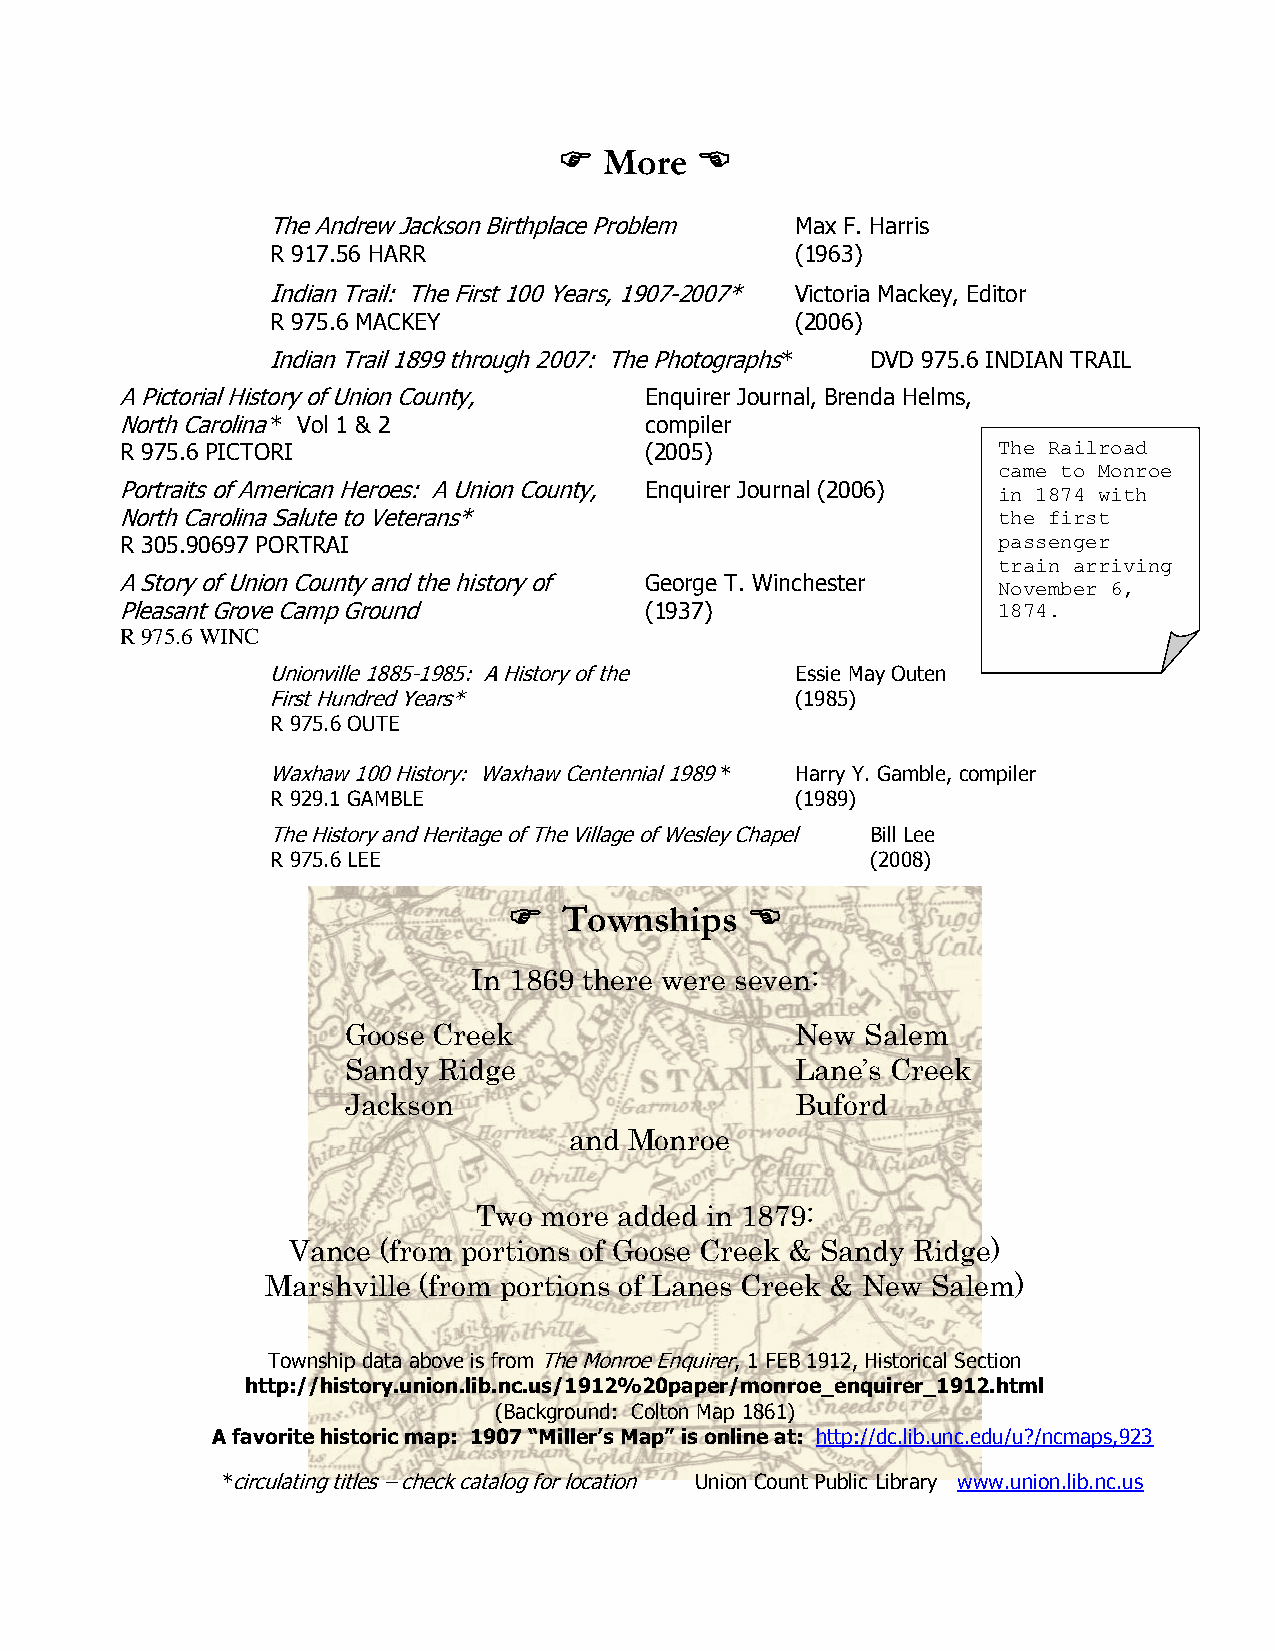
  More  
 The Andrew Jackson Birthplace Problem Max F. Harris
 R 917.56 HARR                      (1963)
 Indian Trail: The First 100 Years, 1907-2007* Victoria Mackey, Editor
 R 975.6 MACKEY                     (2006)
 Indian Trail 1899 through 2007: The Photographs* DVD 975.6 INDIAN TRAIL
 A Pictorial History of Union County, Enquirer Journal, Brenda Helms,
 North Carolina * Vol 1 & 2         compiler
 R 975.6 PICTORI                    (2005)                 The Railroad
 came to Monroe
 Portraits of American Heroes: A Union County, Enquirer Journal (2006) in 1874 with
 North Carolina Salute to Veterans*                        the first
 R 305.90697 PORTRAI                                       passenger
 train arriving
 A Story of Union County and the history of George T. Winchester November 6,
 Pleasant Grove Camp Ground         (1937)                 1874.
 R 975.6 WINC
 Unionville 1885-1985: A History of the Essie May Outen
 First Hundred Years*               (1985)
 R 975.6 OUTE
 Waxhaw 100 History: Waxhaw Centennial 1989 * Harry Y. Gamble, compiler
 R 929.1 GAMBLE                     (1989)
 The History and Heritage of The Village of Wesley Chapel Bill Lee
 R 975.6 LEE                             (2008)
   Townships   
 In 1869 there were seven:
 Goose Creek                   New Salem
 Sandy Ridge                   Lane’s Creek
 Jackson                       Buford
 and Monroe
 Two more added in 1879:
 Vance (from portions of Goose Creek & Sandy Ridge)
 Marshville (from portions of Lanes Creek & New Salem)
 Township data above is from The Monroe Enquirer, 1 FEB 1912, Historical Section
 http://history.union.lib.nc.us/1912%20paper/monroe_enquirer_1912.html
 (Background: Colton Map 1861)
 A favorite historic map: 1907 “Miller’s Map” is online at: http://dc.lib.unc.edu/u?/ncmaps,923
 *circulating titles – check catalog for location Union Count Public Library www.union.lib.nc.us